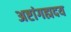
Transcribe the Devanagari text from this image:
अष्टांगह्मदय